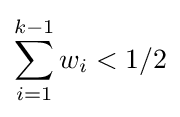
\sum _{i=1}^{k-1}w_{i}<1/2